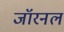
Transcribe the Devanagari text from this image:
जॉरनल